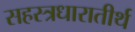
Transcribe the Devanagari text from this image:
सहस्त्रधारातीर्थ